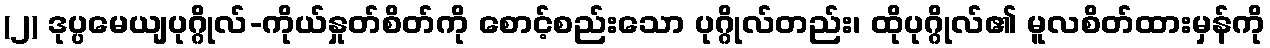
(၂) ဒုပ္ပမေယျပုဂ္ဂိုလ်-ကိုယ်နှုတ်စိတ်ကို စောင့်စည်းသော ပုဂ္ဂိုလ်တည်း၊ ထိုပုဂ္ဂိုလ်၏ မူလစိတ်ထားမှန်ကို